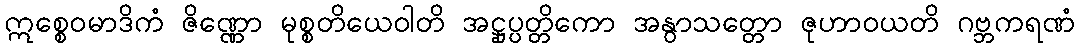
ဣစ္စေဝမာဒိကံ ဇိဏ္ဏော မုစ္စတိယေဝါတိ အဋ္ဌုပ္ပတ္တိကော အနွာသတ္တော ဇုဟာဝယတိ ဂဗ္ဘကရဏံ